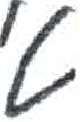
אות: ט